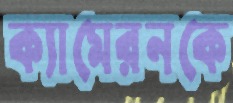
ক্যামেরনকে